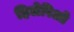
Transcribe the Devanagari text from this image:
हिलेरिओ